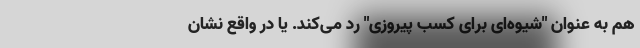
هم به عنوان "شیوه‌ای برای کسب پیروزی" رد می‌کند. یا در واقع نشان